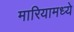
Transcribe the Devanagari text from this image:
मारियामध्ये